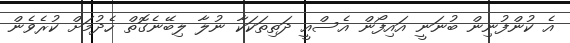
އެ ކުންފުނިން ބުނަނީ އައިފޯން އެސްއީ ދަތިތަކަކާ ނުލާ ލިބޭނެގޮތް ހެދުމަށް ކުރެވެން